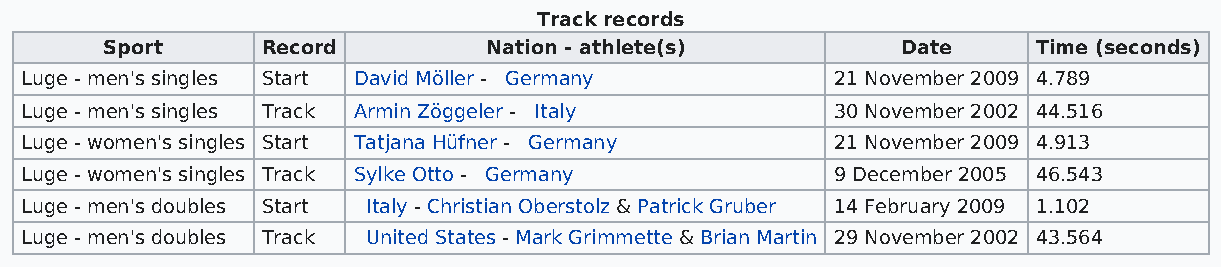
Track records
 Sport     Record         Nation - athlete(s)         Date     Time (seconds)
 Luge - men's singles Start David Möller - Germany     21 November 2009 4.789
 Luge - men's singles Track Armin Zöggeler - Italy     30 November 2002 44.516
 Luge - women's singles Start Tatjana Hüfner - Germany 21 November 2009 4.913
 Luge - women's singles Track Sylke Otto - Germany     9 December 2005 46.543
 Luge - men's doubles Start Italy - Christian Oberstolz & Patrick Gruber 14 February 2009 1.102
 Luge - men's doubles Track United States - Mark Grimmette & Brian Martin 29 November 2002 43.564